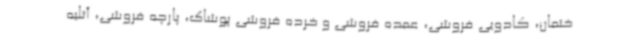
ختمان، کادویی فروشی، عمده فروشی و خرده فروشی پوشاک، پارچه فروشی، آتلیه